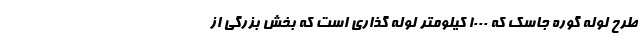
طرح لوله گوره جاسک که ۱۰۰۰ کیلومتر لوله گذاری است که بخش بزرگی از